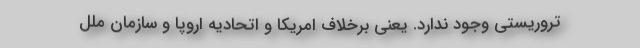
تروریستی وجود ندارد. یعنی برخلاف امریکا و اتحادیه اروپا و سازمان ملل